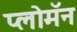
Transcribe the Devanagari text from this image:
प्लोमॅन